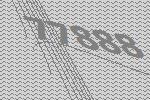
77888